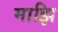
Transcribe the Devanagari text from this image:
माझि